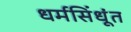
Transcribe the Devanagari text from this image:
धर्मसिंधूंत